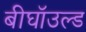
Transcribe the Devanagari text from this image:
बीघॉउल्ड